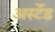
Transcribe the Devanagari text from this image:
अर्स्टेड